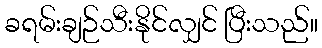
ခရမ်းချဉ်သီးနိုင်လျှင် ပြီးသည်။